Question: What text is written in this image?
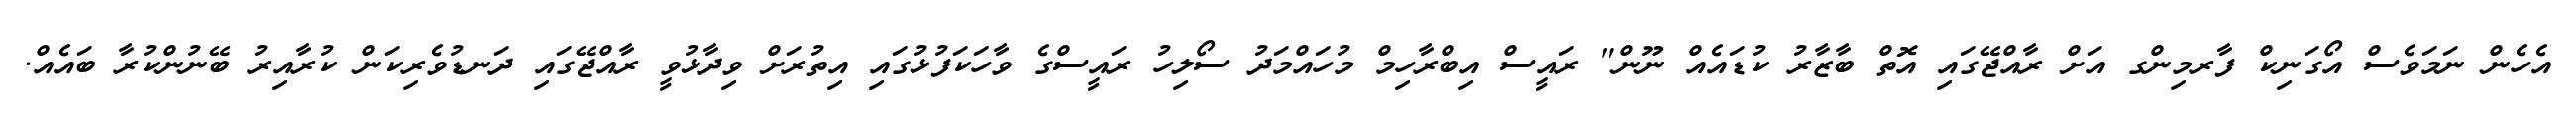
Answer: އެހެން ނަމަވެސް އޯގަނިކް ފާރމިންގ އަށް ރާއްޖޭގައި އޮތް ބާޒާރު ކުޑައެއް ނޫން" ރައީސް އިބްރާހިމް މުހައްމަދު ސޯލިހު ރައީސްގެ ވާހަކަފުޅުގައި އިތުރަށް ވިދާޅުވީ ރާއްޖޭގައި ދަނޑުވެރިކަން ކުރާއިރު ބޭނުންކުރާ ބައެއް.